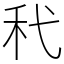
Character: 䄩